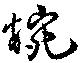
椀